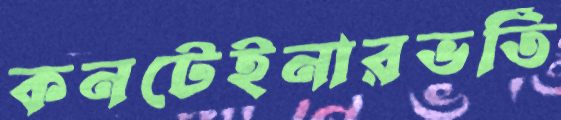
কনটেইনারভর্তি